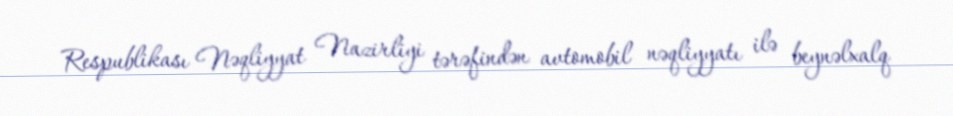
Respublikası Nəqliyyat Nazirliyi tərəfindən avtomobil nəqliyyatı ilə beynəlxalq